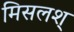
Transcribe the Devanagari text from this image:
मिसलश्